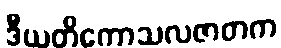
ဒီယတိကောသလဇာတက